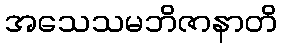
အသေသမဘိဇာနာတိ